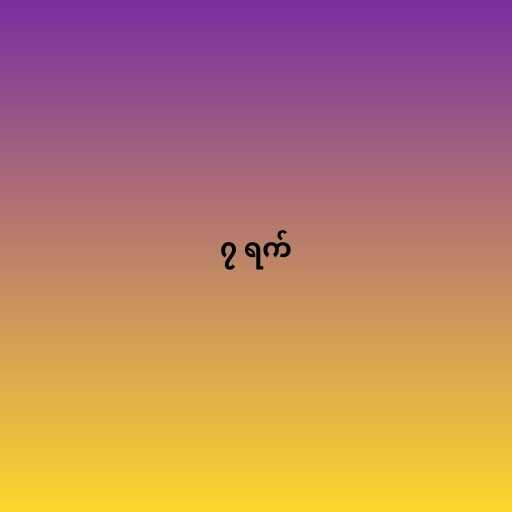
၇ ရက်